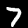
Label: 7